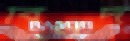
বিনদ